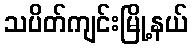
သပိတ်ကျင်းမြို့နယ်